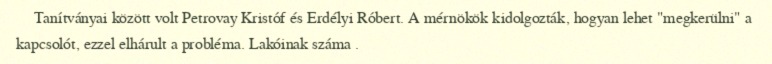
Tanítványai között volt Petrovay Kristóf és Erdélyi Róbert. A mérnökök kidolgozták, hogyan lehet "megkerülni" a kapcsolót, ezzel elhárult a probléma. Lakóinak száma .